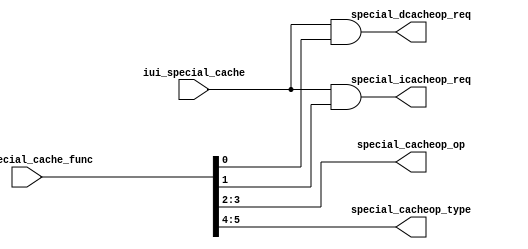
/*Copyright 2020-2021 T-Head Semiconductor Co., Ltd.

Licensed under the Apache License, Version 2.0 (the "License");
you may not use this file except in compliance with the License.
You may obtain a copy of the License at

    http://www.apache.org/licenses/LICENSE-2.0

Unless required by applicable law or agreed to in writing, software
distributed under the License is distributed on an "AS IS" BASIS,
WITHOUT WARRANTIES OR CONDITIONS OF ANY KIND, either express or implied.
See the License for the specific language governing permissions and
limitations under the License.
*/

// &ModuleBeg; @23
module aq_cp0_cache_inst(
  iui_special_cache,
  iui_special_cache_func,
  special_cacheop_op,
  special_cacheop_type,
  special_dcacheop_req,
  special_icacheop_req
);


// &Ports; @25
input          iui_special_cache;     
input   [5:0]  iui_special_cache_func; 
output  [1:0]  special_cacheop_op;    
output  [1:0]  special_cacheop_type;  
output         special_dcacheop_req;  
output         special_icacheop_req;  

// &Regs; @26

// &Wires; @27
wire    [5:0]  cache_func;            
wire    [1:0]  inst_dst;              
wire    [1:0]  inst_op;               
wire    [1:0]  inst_type;             
wire           iui_special_cache;     
wire    [5:0]  iui_special_cache_func; 
wire    [1:0]  special_cacheop_op;    
wire    [1:0]  special_cacheop_type;  
wire           special_dcacheop_req;  
wire           special_icacheop_req;  


//==========================================================
//                    Cache Inst Decode
//==========================================================
parameter NOP    = 2'b00;
parameter DCHE   = 2'b01;
parameter ICHE   = 2'b10;

parameter ALL    = 2'b00;
parameter SW     = 2'b01;
parameter VA     = 2'b10;
parameter PA     = 2'b11;

parameter INV    = 2'b01;
parameter CLN    = 2'b10;
parameter CI     = 2'b11;

//==========================================================
//                   Cache Inst Decode
//==========================================================
assign cache_func[5:0] = iui_special_cache_func[5:0];
assign inst_dst[1:0]  = cache_func[1:0];
assign inst_op[1:0]   = cache_func[3:2];
assign inst_type[1:0] = cache_func[5:4];

assign special_dcacheop_req = iui_special_cache && inst_dst[0];
assign special_icacheop_req = iui_special_cache && inst_dst[1];

assign special_cacheop_type[1:0] = inst_type[1:0];
assign special_cacheop_op[1:0]   = inst_op[1:0];

// &ModuleEnd; @59
endmodule